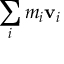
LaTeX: \, \! \sum _ { i } m _ { i } \mathbf { v } _ { i }